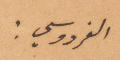
الفردوسي: